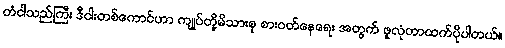
တံငါသည်ကြီး ဒီငါးတစ်ကောင်ဟာ ကျုပ်တို့မိသားစု စားဝတ်နေရေး အတွက် ဖူလုံတာထက်ပိုပါတယ်။